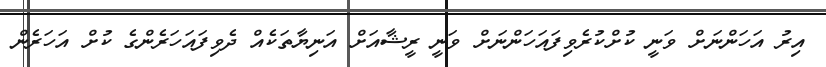
އިރުު އަހަންނަށް ވަނީ ކުށްކުރެވިފައަހަންނަށް ވަނީ ރީޝާއަށް އަނިޔާތަކެއް ދެވިފައަހަރެންްގެ ކުށް އަހަރެން